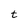
Character: t